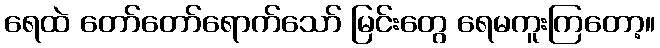
ရေထဲ တော်တော်ရောက်သော် မြင်းတွေ ရေမကူးကြတော့။